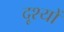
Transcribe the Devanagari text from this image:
दृ्श्यों